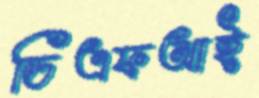
ডিএফআই